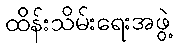
ထိန်းသိမ်းရေးအဖွဲ့